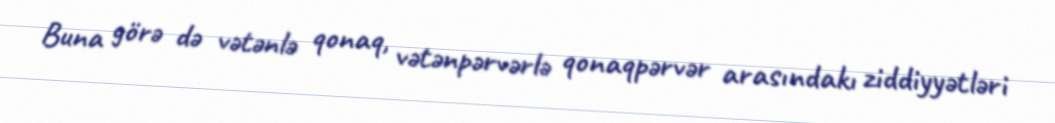
Buna görə də vətənlə qonaq, vətənpərvərlə qonaqpərvər arasındakı ziddiyyətləri